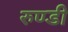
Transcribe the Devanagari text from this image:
रुण्डी